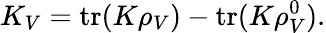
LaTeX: K_{V}=\mathrm{tr}(K\rho_{V})-\mathrm{tr}(K\rho_{V}^{0}).